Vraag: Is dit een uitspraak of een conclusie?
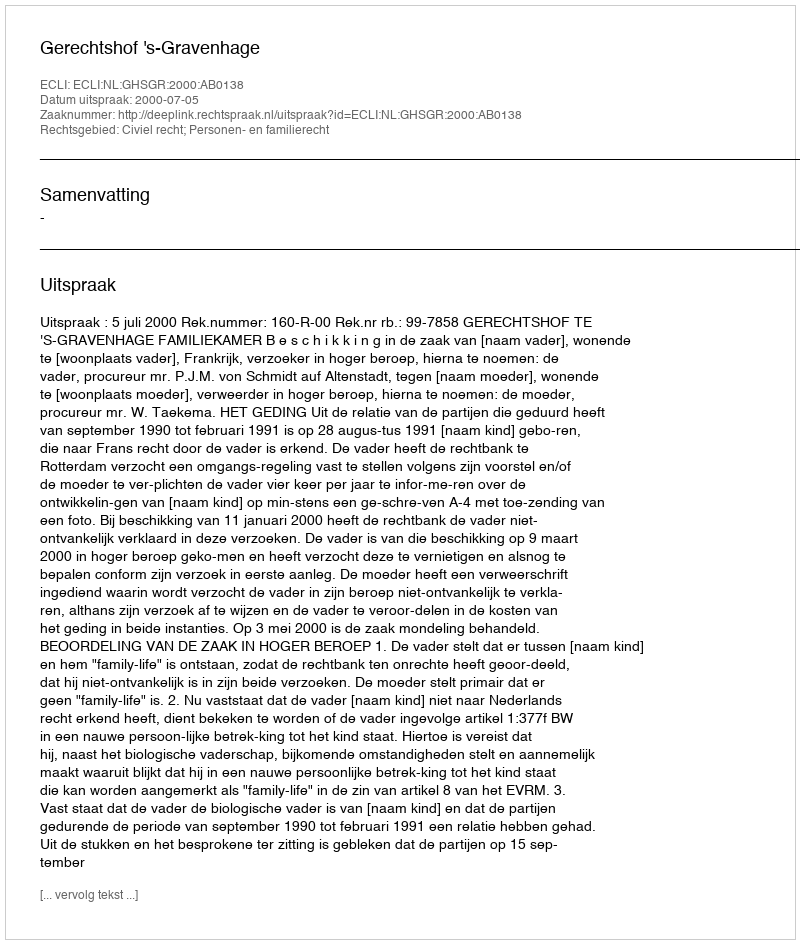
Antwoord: Uitspraak